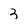
Character: 3